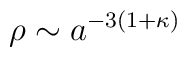
\rho \sim a^{-3(1+\kappa)}